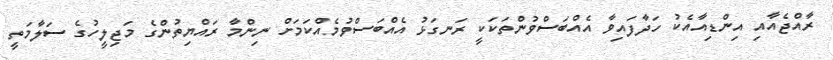
ރާއްޖެއާއި އިންޑިއާއެކު ހަދާފައިވާ އެއްބަސްވުންތަކަކީ ރަނގަޅު އެއްބަސްވުމެއްކަމަށް ނިންމާ ރައްޔިތުންގެ މަޖިލީހުގެ ސަލާމަތީ